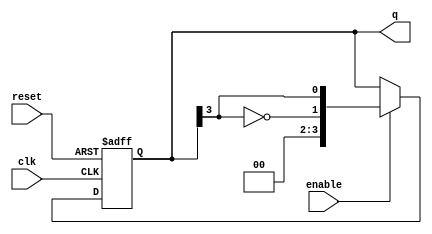
module johnson_counter #(parameter N = 4) (
    input wire clk,           // Clock input
    input wire reset,         // Asynchronous reset
    input wire enable,        // Enable signal
    output reg [N-1:0] q      // Output state of the counter
);

    // Sequential logic for Johnson counter
    always @(posedge clk or posedge reset) begin
        if (reset) begin
            q <= 0; // Initialize to 0 on reset
        end else if (enable) begin
            // Shift operation with feedback from the last flip-flop
            q <= {~q[N-1], q[N-1:N-1]}; // Shift left and feedback inverted last bit
        end
    end

endmodule